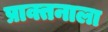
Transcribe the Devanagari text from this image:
प्राक्तनाला